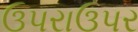
ઉપરાઉપર